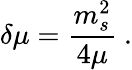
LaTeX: \delta\mu=\frac{m_{s}^{2}}{4\mu}\ .